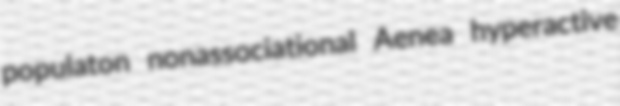
populaton nonassociational Aenea hyperactive